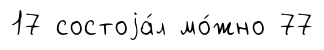
17 состоjа́л мо́жно 77